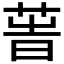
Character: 𦱗